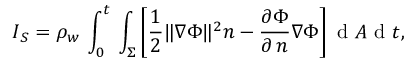
\boldsymbol { I } _ { S } = \rho _ { w } \, \int _ { 0 } ^ { t } \, \int _ { \upSigma } \left[ \frac { 1 } { 2 } \lVert \nabla \Phi \rVert ^ { 2 } \boldsymbol { n } - \frac { \partial \Phi } { \partial \, n } \nabla \Phi \right] \mathrm { ~ d ~ } A \mathrm { ~ d ~ } t ,